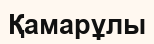
Қамарұлы